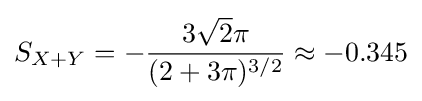
S_{X+Y}=-{\frac {3{\sqrt {2}}\pi }{(2+3\pi )^{3/2}}}\approx -0.345